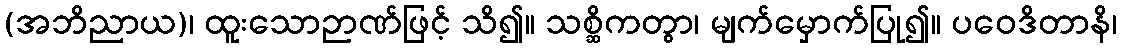
(အဘိညာယ)၊ ထူးသောဉာဏ်ဖြင့် သိ၍။ သစ္ဆိကတွာ၊ မျက်မှောက်ပြု၍။ ပဝေဒိတာနိ၊